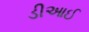
ડીઆઈ